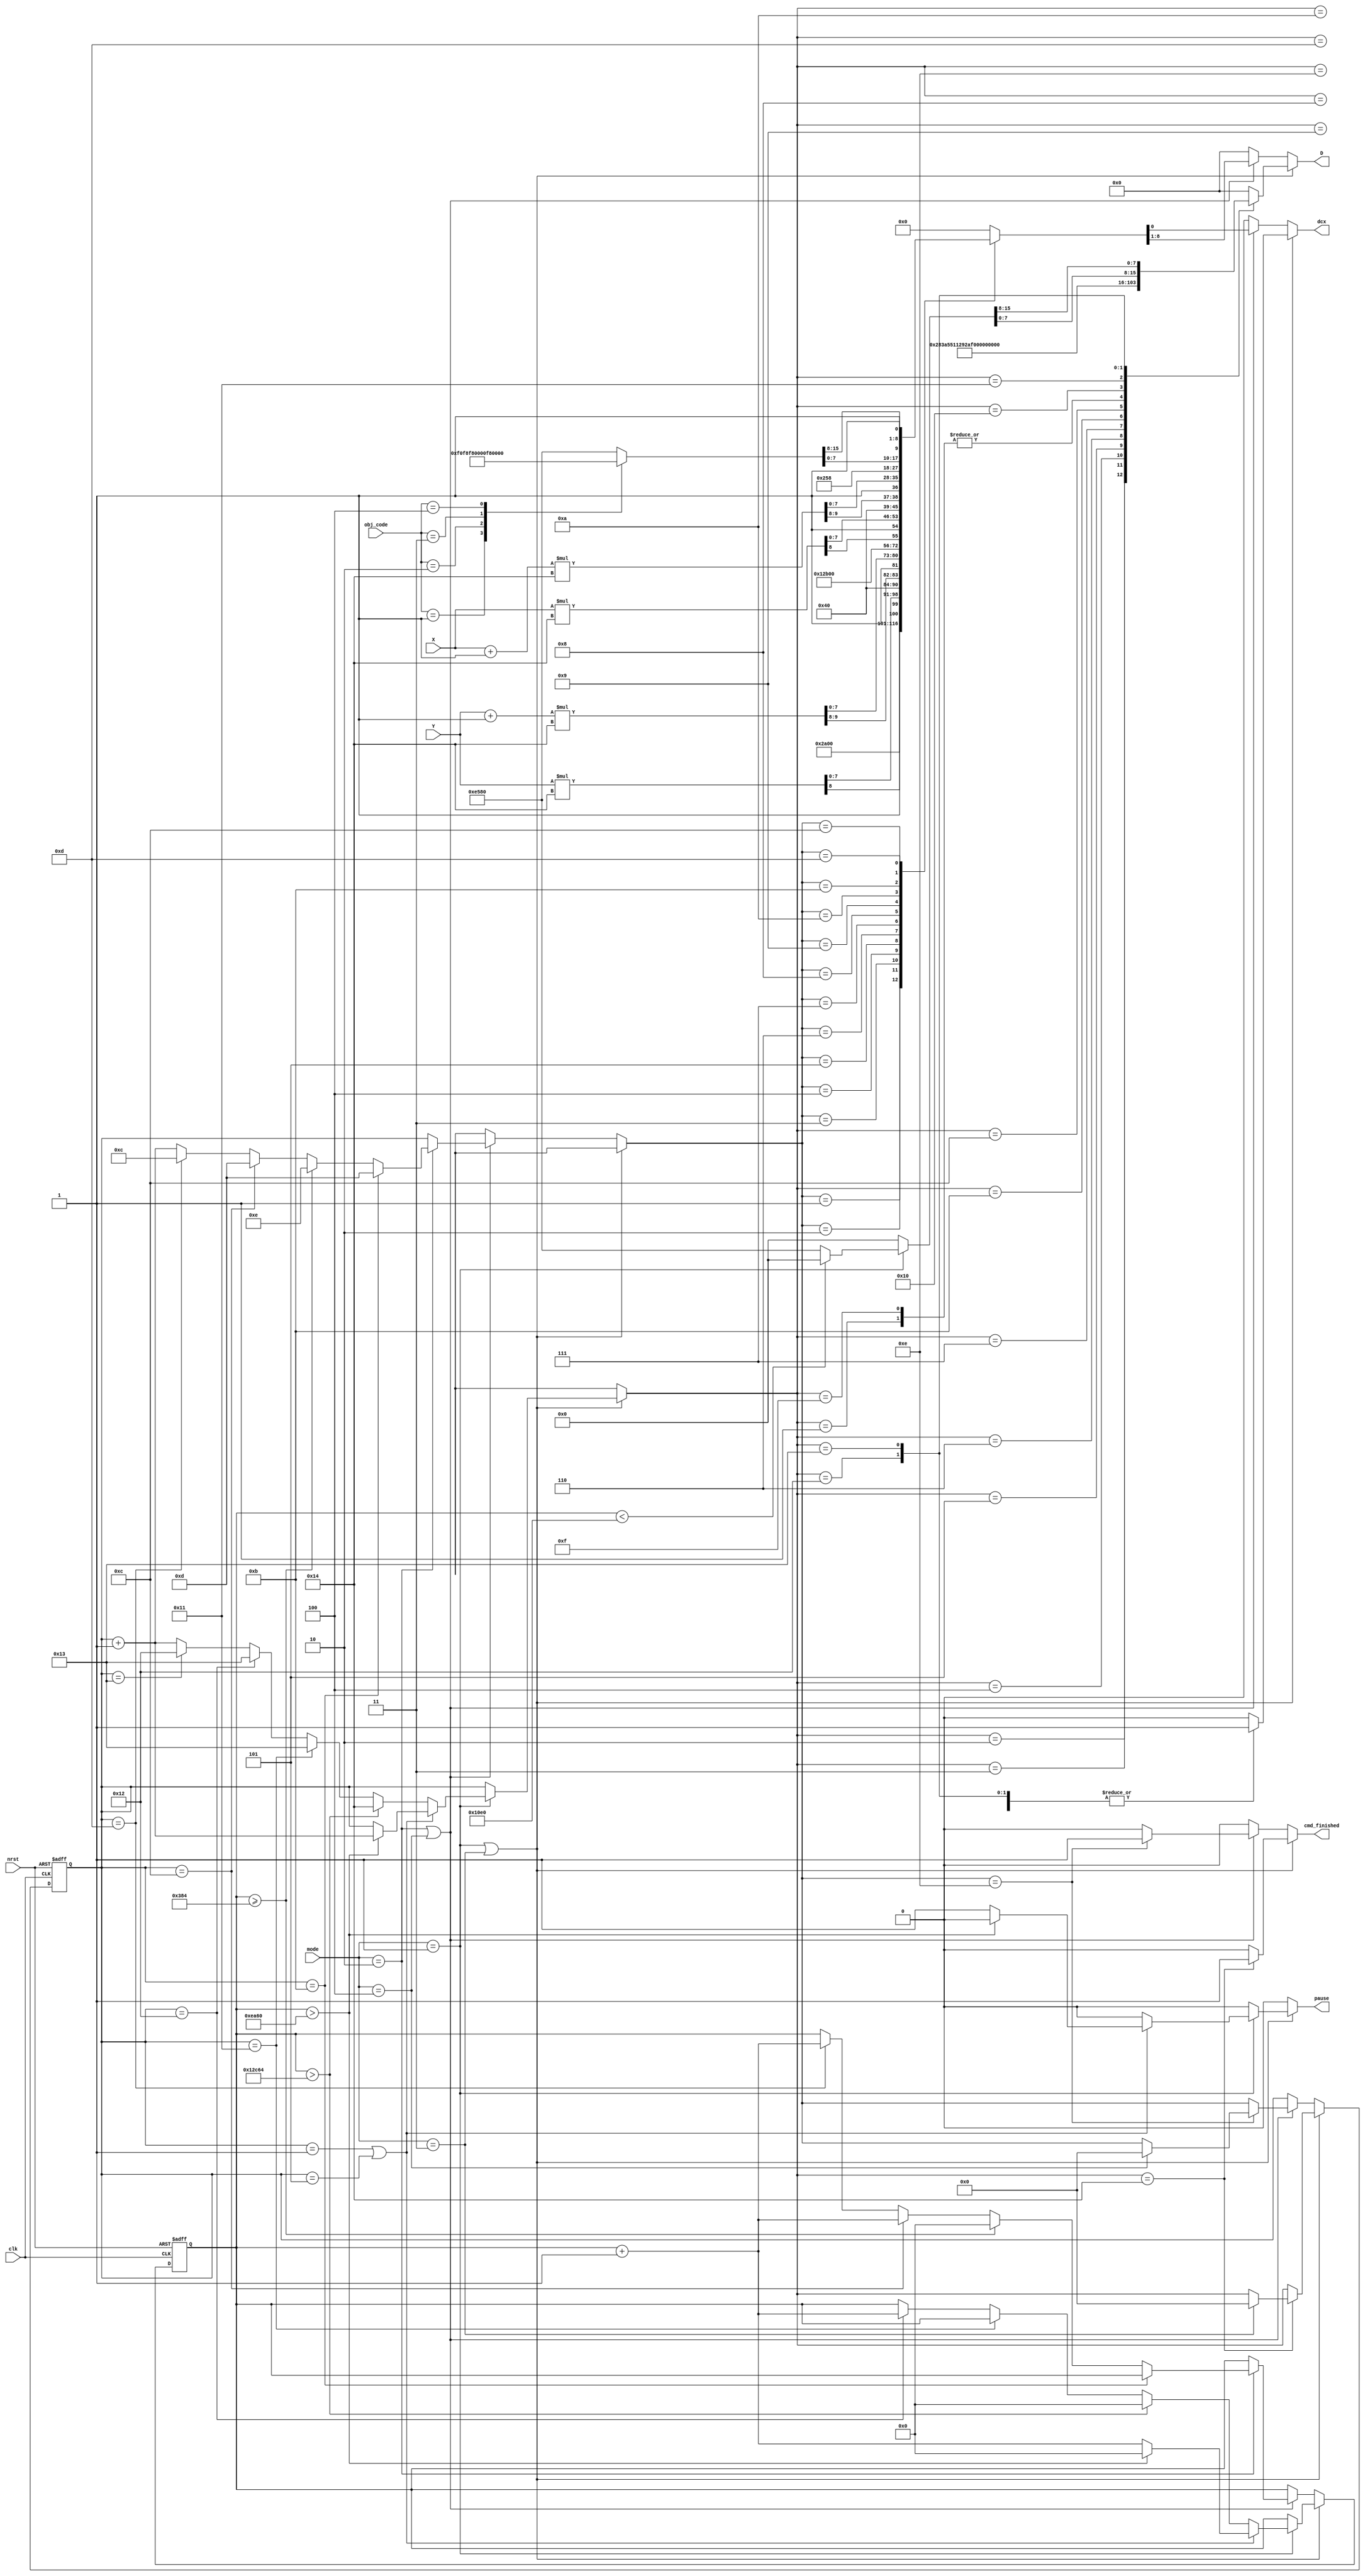
`default_nettype none
module t06_command_lut2 (
	mode,
	clk,
	nrst,
	obj_code,
	X,
	Y,
	cmd_finished,
	D,
	dcx,
	pause
);
	reg _sv2v_0;
	input wire [2:0] mode;
	input wire clk;
	input wire nrst;
	input wire [2:0] obj_code;
	input wire [3:0] X;
	input wire [3:0] Y;
	output reg cmd_finished;
	output reg [7:0] D;
	output reg dcx;
	output reg pause;
	reg [16:0] count;
	reg [16:0] next_count;
	reg [15:0] SC;
	reg [15:0] EC;
	reg [15:0] SP;
	reg [15:0] EP;
	reg [15:0] color;
	reg [4:0] cmd_num;
	reg [4:0] next_cmd_num;
	always @(posedge clk or negedge nrst)
		if (~nrst) begin
			count <= 0;
			cmd_num <= 0;
		end
		else begin
			count <= next_count;
			cmd_num <= next_cmd_num;
		end
	always @(*) begin
		if (_sv2v_0)
			;
		next_count = count;
		pause = 1'b0;
		next_cmd_num = cmd_num;
		color = 16'h0000;
		SC = 16'b0000000000000000;
		EC = 16'b0000000000000000;
		SP = 16'b0000000000000000;
		EP = 16'b0000000000000000;
		D = 8'b00000000;
		dcx = 1'b0;
		cmd_finished = 1'b0;
		if ((mode == 3'd1) || (mode == 3'd3)) begin
			if (mode == 3'd1) begin
				if ((cmd_num == 5'd1) || (cmd_num == 5'd5)) begin
					if (count > 17'd60000) begin
						next_count = 0;
						next_cmd_num = cmd_num + 5'd1;
						pause = 1'b0;
					end
					else begin
						next_count = count + 17'b00000000000000001;
						next_cmd_num = cmd_num;
						pause = 1'b1;
					end
				end
				else if (count > 17'd76900) begin
					next_count = 17'd0;
					next_cmd_num = 5'd20;
				end
				else if (cmd_num == 5'd17)
					next_cmd_num = 5'd19;
				else if (cmd_num == 5'd18) begin
					next_cmd_num = 5'd19;
					next_count = count + 17'b00000000000000001;
				end
				else if (cmd_num == 5'd19)
					next_cmd_num = 5'd18;
				else
					next_cmd_num = cmd_num + 5'd1;
				if (count < 17'd4320)
					color = 16'h0000;
				else
					color = 16'he580;
			end
			else begin
				next_cmd_num = cmd_num;
				pause = 1'b0;
				next_count = count;
			end
			cmd_finished = 1'b0;
			case (next_cmd_num)
				5'd1: {D, dcx} = 9'b000000010;
				5'd2: {D, dcx} = 9'b001010000;
				5'd3: {D, dcx} = 9'b001110100;
				5'd4: {D, dcx} = 9'b010101011;
				5'd5: {D, dcx} = 9'b000100010;
				5'd6: {D, dcx} = 9'b001010010;
				5'd7: {D, dcx} = 9'b001010100;
				5'd8: {D, dcx} = 9'b000000001;
				5'd9: {D, dcx} = 9'b000000001;
				5'd10: {D, dcx} = 9'b000000001;
				5'd11: {D, dcx} = 9'h1e1;
				5'd12: {D, dcx} = 9'b001010110;
				5'd13: {D, dcx} = 9'b000000001;
				5'd14: {D, dcx} = 9'b000000001;
				5'd15: {D, dcx} = 9'b000000011;
				5'd16: {D, dcx} = 9'b010000001;
				5'd17: {D, dcx} = 9'b001011000;
				5'd18: {D, dcx} = {color[7:0], 1'b1};
				5'd19: {D, dcx} = {color[15:8], 1'b1};
				5'd20: begin
					D = 8'b00000000;
					dcx = 1'b0;
					cmd_finished = 1'b1;
					if (mode == 3'd3)
						next_cmd_num = 5'b00000;
				end
				default: begin
					D = 8'b00000000;
					dcx = 1'b0;
				end
			endcase
		end
		else if ((mode == 3'd2) || (mode == 3'd4)) begin
			if (mode == 3'd2) begin
				if (cmd_num == 5'd11) begin
					next_cmd_num = 5'd13;
					next_count = count;
				end
				else if (count >= 17'd900) begin
					next_count = 0;
					next_cmd_num = 5'd14;
				end
				else if (cmd_num == 5'd12) begin
					next_cmd_num = 5'd13;
					next_count = count + 17'b00000000000000001;
				end
				else if (cmd_num == 5'd13) begin
					next_cmd_num = 5'd12;
					next_count = count + 17'b00000000000000001;
				end
				else
					next_cmd_num = cmd_num + 5'd1;
			end
			else begin
				next_count = count;
				next_cmd_num = cmd_num;
			end
			SP = {12'b000000000000, X} * 16'd20;
			EP = ({12'b000000000000, X} + 1) * 16'd20;
			SC = {12'b000000000000, Y} * 16'd20;
			EC = ({12'b000000000000, Y} + 1) * 16'd20;
			case (obj_code)
				3'b001: color = 16'hf0f8;
				3'b010: color = 16'hf800;
				3'b011: color = 16'h00f8;
				3'b100: color = 16'h0000;
				default: color = 16'he580;
			endcase
			cmd_finished = 1'b0;
			case (next_cmd_num)
				5'd1: {D, dcx} = 9'h054;
				5'd2: {D, dcx} = {SC[15:8], 1'b1};
				5'd3: {D, dcx} = {SC[7:0], 1'b1};
				5'd4: {D, dcx} = {EC[15:8], 1'b1};
				5'd5: {D, dcx} = {EC[7:0], 1'b1};
				5'd6: {D, dcx} = 9'h056;
				5'd7: {D, dcx} = {SP[15:8], 1'b1};
				5'd8: {D, dcx} = {SP[7:0], 1'b1};
				5'd9: {D, dcx} = {EP[15:8], 1'b1};
				5'd10: {D, dcx} = {EP[7:0], 1'b1};
				5'd11: {D, dcx} = 9'h058;
				5'd12: {D, dcx} = {color[7:0], 1'b1};
				5'd13: {D, dcx} = {color[15:8], 1'b1};
				5'd14: begin
					{D, dcx} = 9'h000;
					cmd_finished = 1'b1;
					if (mode == 3'd4)
						next_cmd_num = 5'b00000;
				end
				default: {D, dcx} = 9'h000;
			endcase
		end
	end
	initial _sv2v_0 = 0;
endmodule